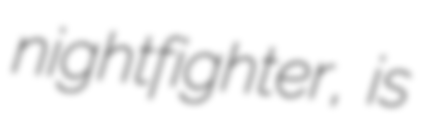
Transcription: nightfighter, is